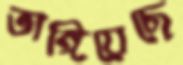
ভাঙ্গিয়েছে